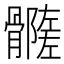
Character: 𩪦